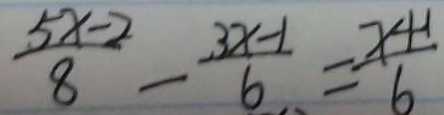
\frac { 5 x - 2 } { 8 } - \frac { 3 x - 1 } { 6 } = \frac { x + 1 } { 6 }